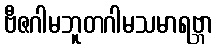
ဗီဇဂါမဘူတဂါမသမာရဗ္ဘာ